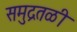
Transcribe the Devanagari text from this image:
समुद्रतळी